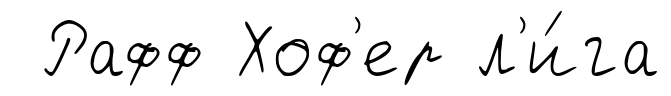
Рафф Хоф'ер л'и́га